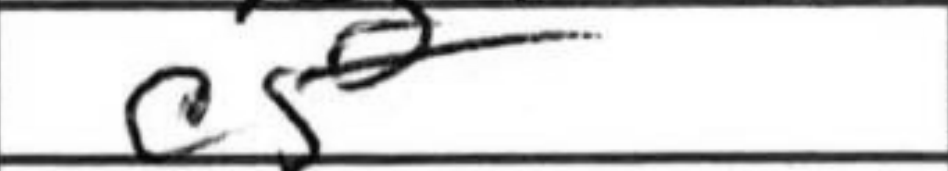
Transcription: c5